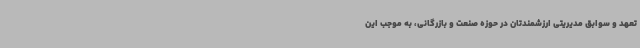
تعهد و سوابق مدیریتی ارزشمندتان در حوزه صنعت و بازرگانی، به موجب این